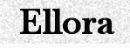
Ellora